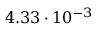
4 . 3 3 \cdot 1 0 ^ { - 3 }